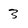
Character: 3